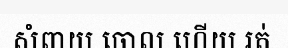
សំពាយ ចោល ហើយ រត់